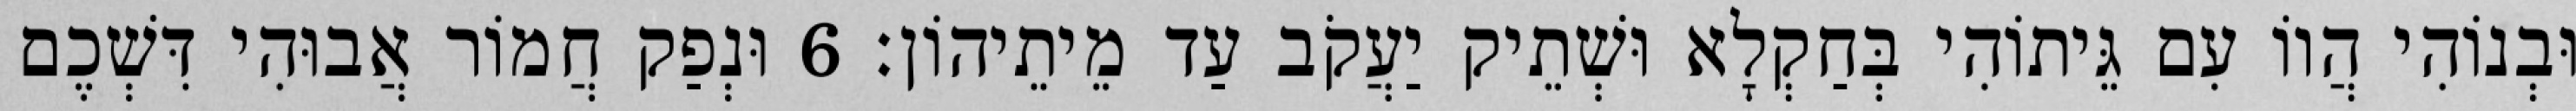
וּבְנוֹהִי הֲווֹ עִם גֵּיתוֹהִי בְּחַקְלָא וּשְׁתֵיק יַעֲקֹב עַד מֵיתֵיהוֹן׃ 6 וּנְפַק חֲמוֹר אֲבוּהִי דִּשְׁכֶם